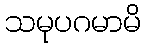
သမုပဂမာမိ